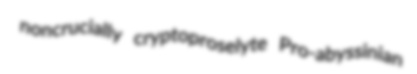
noncrucially cryptoproselyte Pro-abyssinian